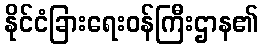
နိုင်ငံခြားရေးဝန်ကြီးဌာန၏